Civil Veterinary Dept. North-West Frontier Province 1923-32 - 1923-1932
Year: 1923
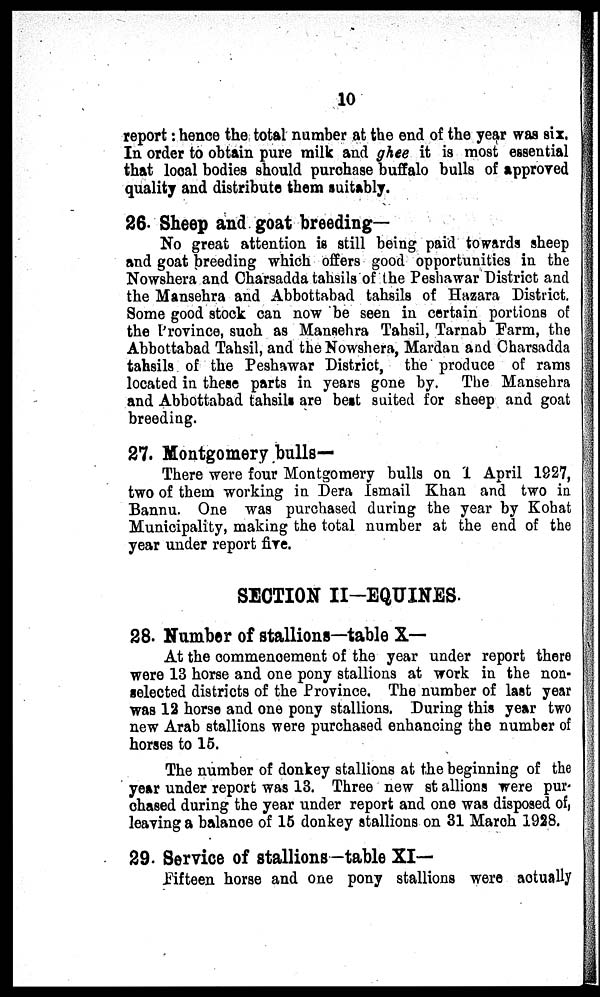
10
report : hence the total number at the end of the year was six,
In order to obtain pure milk and ghee it is most essential
that local bodies should purchase buffalo bulls of approved
quality and distribute them suitably.
26. Sheep and goat breeding-
No great attention is still being paid towards sheep
and goat breeding which offers good opportunities in the
Nowshera and Charsadda tahsils of the Peshawar District and
the Mansehra and Abbottabad tahsils of Hazara District.
Some good stock can now be seen in certain portions of
the Province, such as Mansehra Tahsil, Tarnab Farm, the
Abbottabad Tahsil, and the Nowshera, Mardan and Charsadda
tahsils of the Peshawar District, the produce of rams
located in these parts in years gone by. The Mansehra
and Abbottabad tahsils are best suited for sheep and goat
breeding.
27. Montgomery bulls-
There were four Montgomery bulls on 1 April 1927,
two of them working in Dera Ismail Khan and two in
Bannu. One was purchased during the year by Kohat
Municipality, making the total number at the end of the
year under report five.
SECTION II-EQUINES.
28. Number of stallions—table X—
At the commencement of the year under report there
were 13 horse and one pony stallions at work in the non-
selected districts of the Province, The number of last year
was 12 horse and one pony stallions. During this year two
new Arab stallions were purchased enhancing the number of
horses to 15.
The number of donkey stallions at the beginning of the
year under report was 13. Three new stallions were pur-
chased during the year under report and one was disposed of,
leaving a balance of 15 donkey stallions on 31 March 1928.
29. Service of stallions—table XI—
Fifteen horse and one pony stallions were actually